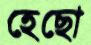
হেছো